Report of the Indian Hemp Drugs Commission, 1894-1895 - Volume I
Year: 1894
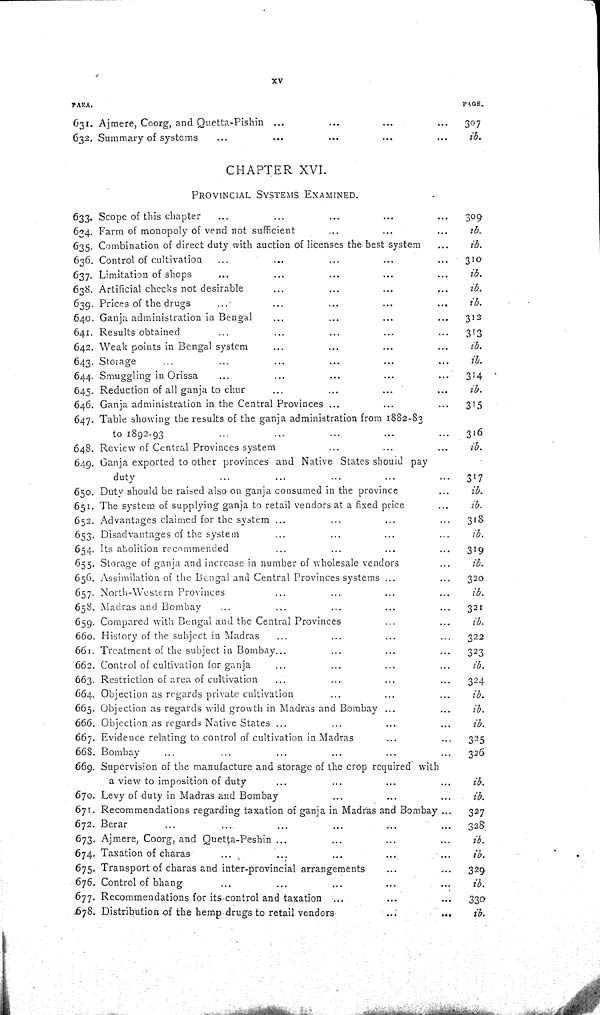
xv
PARA.
PAGE.
631. Ajmere, Coorg, and Quetta-Pishin
307
632. Summary of systems
ib.
CHAPTER XVI.
PROVINCIAL SYSTEMS EXAMINED.
633. Scope of this chapter
309
634. Farm of monopoly of vend not sufficient
ib.
635. Combination of direct duty with auction of licenses the best system
ib.
636. Control of cultivation
310
637. Limitation of shops
ib.
638. Artificial checks not desirable
ib.
639. Prices of the drugs
ib.
640. Ganja administration in Bengal
312
641. Results obtained
313
642. Weak points in Bengal system
ib.
643. Storage
ib.
644. Smuggling in Orissa
314
645. Reduction of all ganja to chur
ib.
646. Ganja administration in the Central Provinces
315
647. Table showing the results of the ganja administration from 1882-83
to 1892-93
316
648. Review of Central Provinces system
ib.
649. Ganja exported to other provinces and Native States should pay
duty
317
650. Duty should be raised also on ganja consumed in the province
ib.
651. The system of supplying ganja to retail vendors at a fixed price
ib.
652. Advantages claimed for the system
318
653. Disadvantages of the system
ib.
654. Its abolition recommended
319
655. Storage of ganja and increase in number of wholesale vendors
ib.
656. Assimilation of the Bengal and Central Provinces systems
320
657. North-Western Provinces
ib.
658. Madras and Bombay
321
659. Compared with Bengal and the Central Provinces
ib.
660. History of the subject in Madras
322
661. Treatment of the subject in Bombay
323
662. Control of cultivation for ganja
ib.
663. Restriction of area of cultivation
324
664. Objection as regards private cultivation
ib.
665. Objection as regards wild growth in Madras and Bombay
ib.
666. Objection as regards Native States
ib.
667. Evidence relating to control of cultivation in Madras
325
668. Bombay
326
669. Supervision of the manufacture and storage of the crop required with
a view to imposition of duty
ib.
670. Levy of duty in Madras and Bombay
ib.
671. Recommendations regarding taxation of ganja in Madras and Bombay
327
672. Berar
328
673. Ajmere, Coorg, and Quetta-Peshin
ib.
674. Taxation of charas
ib.
675. Transport of charas and inter-provincial arrangements
329
676. Control of bhang
ib.
677. Recommendations for its control and taxation
330
678. Distribution of the hemp drugs to retail vendors
ib.